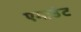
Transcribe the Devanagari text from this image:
एमाउंट